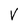
Character: V